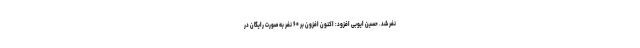
نفر شد. حسین ایوبی افزود: اکنون افزون بر ۶۰ نفر به صورت رایگان در